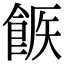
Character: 𩛫